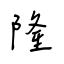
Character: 隆